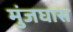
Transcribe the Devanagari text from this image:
मुंजघास